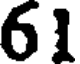
61